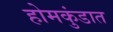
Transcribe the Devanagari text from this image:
होमकुंडात